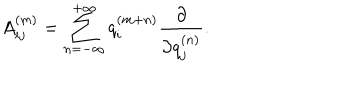
A _ { i j } ^ { ( m ) } = \sum _ { n = - \infty } ^ { + \infty } q _ { i } ^ { ( m + n ) } \frac { \partial } { \partial { q _ { j } ^ { ( n ) } } } .